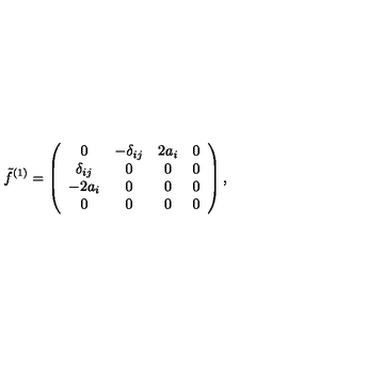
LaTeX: \tilde { f } ^ { ( 1 ) } = \left( \begin{array} { c c c c } { 0 } & { - \delta _ { i j } } & { 2 a _ { i } } & { 0 } \\ { \delta _ { i j } } & { 0 } & { 0 } & { 0 } \\ { - 2 a _ { i } } & { 0 } & { 0 } & { 0 } \\ { 0 } & { 0 } & { 0 } & { 0 } \\ \end{array} \right) ,